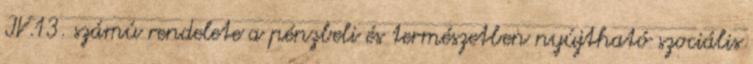
IV.13. számú rendelete a pénzbeli és természetben nyújtható szociális